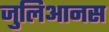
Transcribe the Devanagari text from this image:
जुलिआनस